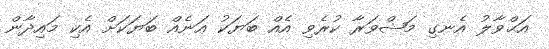
އަޙްވާލު އެނގި މަޝްވަރާ ކުރެވި އެއް ބަޔަކު އަނެއް ބަޔަކަށް އެކި މައިދާން